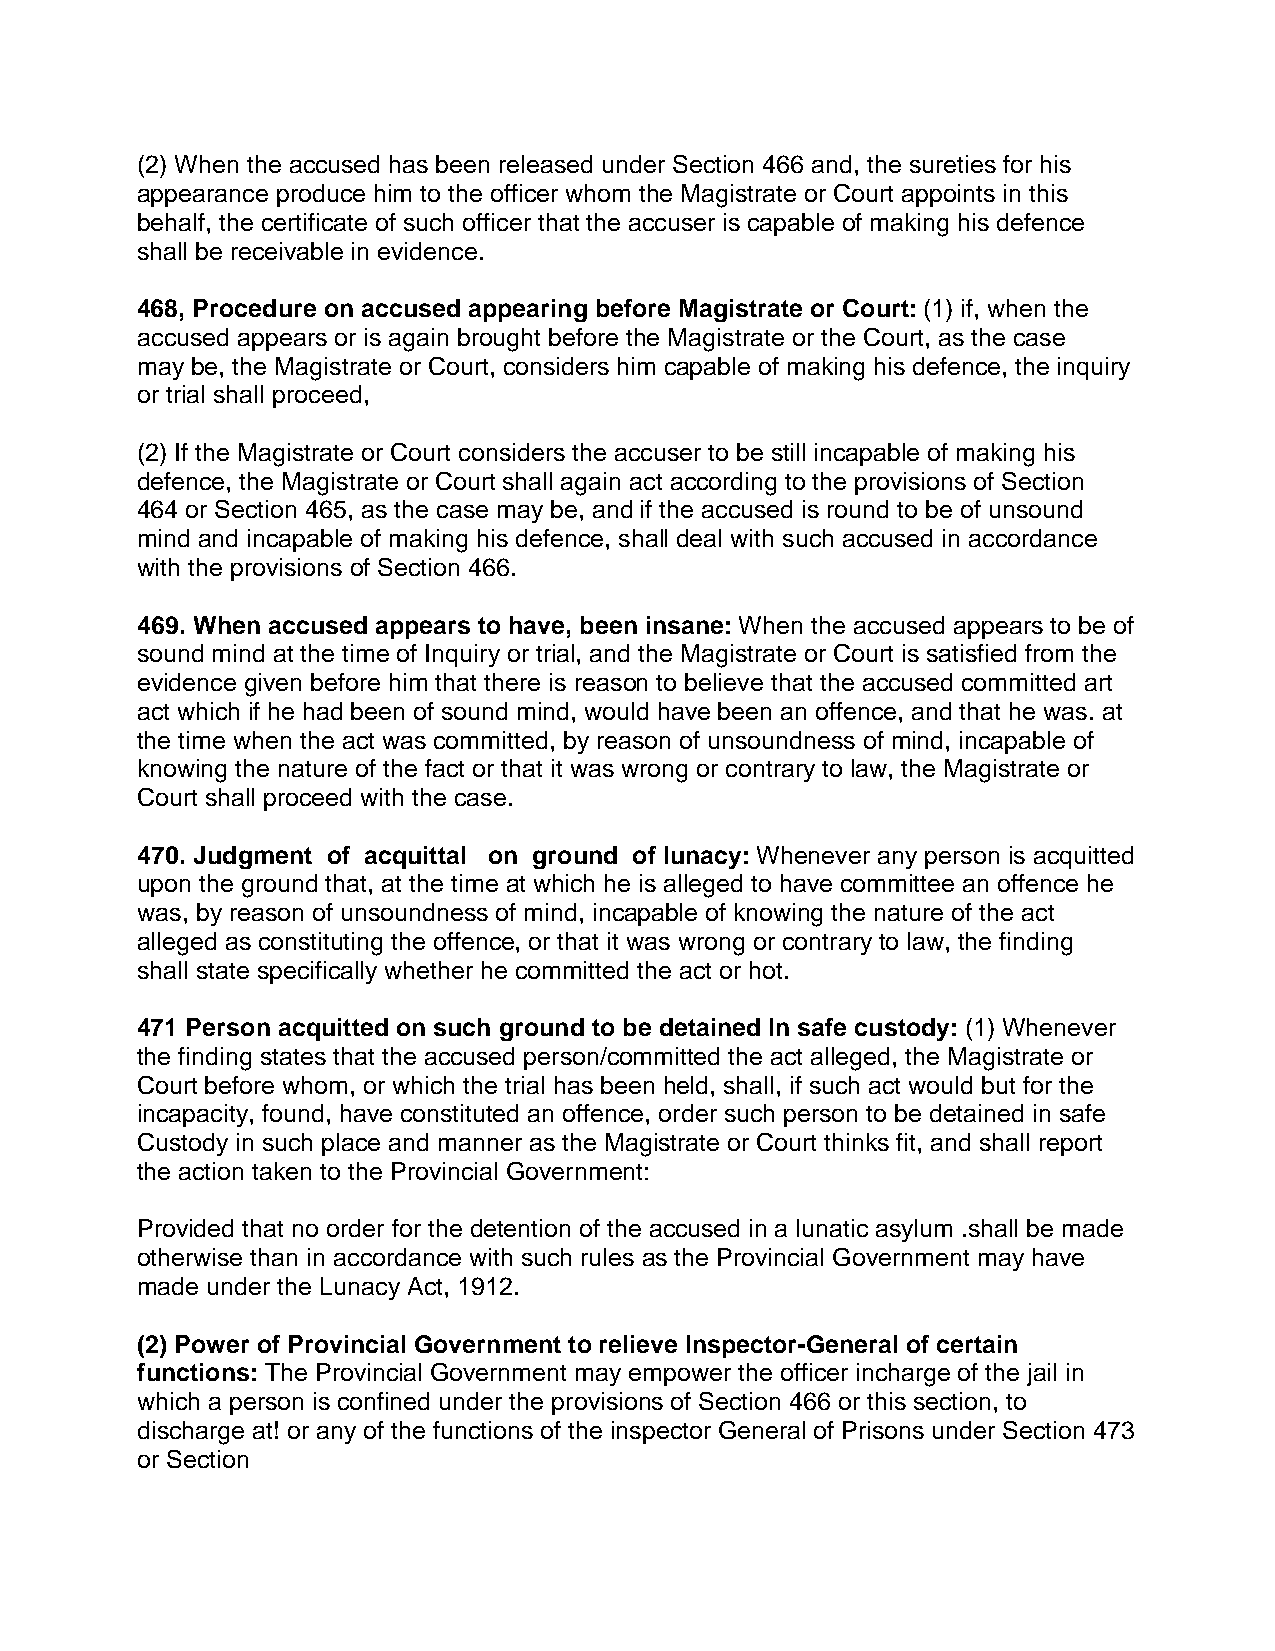
(2) When the accused has been released under Section 466 and, the sureties for his
 appearance produce him to the officer whom the Magistrate or Court appoints in this
 behalf, the certificate of such officer that the accuser is capable of making his defence
 shall be receivable in evidence.
 468, Procedure on accused appearing before Magistrate or Court: (1) if, when the
 accused appears or is again brought before the Magistrate or the Court, as the case
 may be, the Magistrate or Court, considers him capable of making his defence, the inquiry
 or trial shall proceed,
 (2) If the Magistrate or Court considers the accuser to be still incapable of making his
 defence, the Magistrate or Court shall again act according to the provisions of Section
 464 or Section 465, as the case may be, and if the accused is round to be of unsound
 mind and incapable of making his defence, shall deal with such accused in accordance
 with the provisions of Section 466.
 469. When accused appears to have, been insane: When the accused appears to be of
 sound mind at the time of Inquiry or trial, and the Magistrate or Court is satisfied from the
 evidence given before him that there is reason to believe that the accused committed art
 act which if he had been of sound mind, would have been an offence, and that he was. at
 the time when the act was committed, by reason of unsoundness of mind, incapable of
 knowing the nature of the fact or that it was wrong or contrary to law, the Magistrate or
 Court shall proceed with the case.
 470. Judgment of acquittal on ground of lunacy: Whenever any person is acquitted
 upon the ground that, at the time at which he is alleged to have committee an offence he
 was, by reason of unsoundness of mind, incapable of knowing the nature of the act
 alleged as constituting the offence, or that it was wrong or contrary to law, the finding
 shall state specifically whether he committed the act or hot.
 471 Person acquitted on such ground to be detained In safe custody: (1) Whenever
 the finding states that the accused person/committed the act alleged, the Magistrate or
 Court before whom, or which the trial has been held, shall, if such act would but for the
 incapacity, found, have constituted an offence, order such person to be detained in safe
 Custody in such place and manner as the Magistrate or Court thinks fit, and shall report
 the action taken to the Provincial Government:
 Provided that no order for the detention of the accused in a lunatic asylum .shall be made
 otherwise than in accordance with such rules as the Provincial Government may have
 made under the Lunacy Act, 1912.
 (2) Power of Provincial Government to relieve Inspector-General of certain
 functions: The Provincial Government may empower the officer incharge of the jail in
 which a person is confined under the provisions of Section 466 or this section, to
 discharge at! or any of the functions of the inspector General of Prisons under Section 473
 or Section